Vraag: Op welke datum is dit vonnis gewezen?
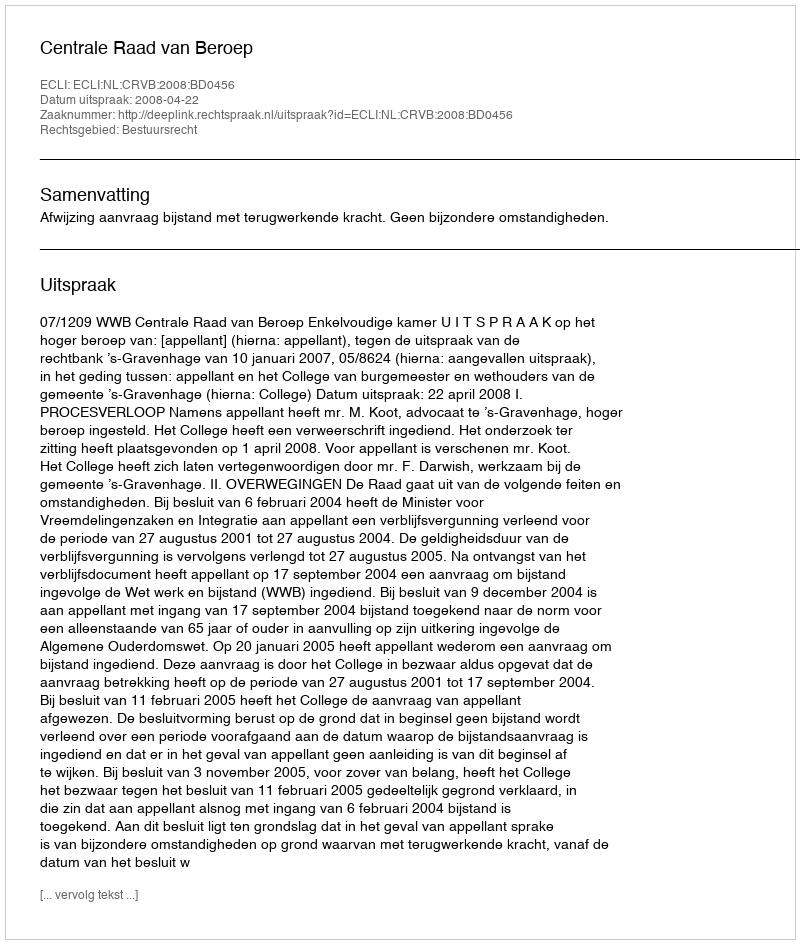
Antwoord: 2008-04-22